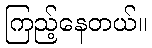
ကြည့်နေတယ်။